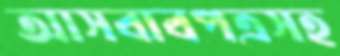
আসবাবপত্রসহ